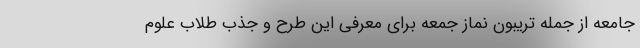
جامعه از جمله تریبون نماز جمعه برای معرفی این طرح و جذب طلاب علوم